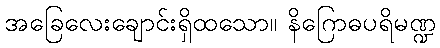
အခြေလေးချောင်းရှိထသော။ နိဂြောဓပရိမဏ္ဍ